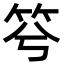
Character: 𥬋